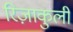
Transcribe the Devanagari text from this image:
रिज़ाकुली